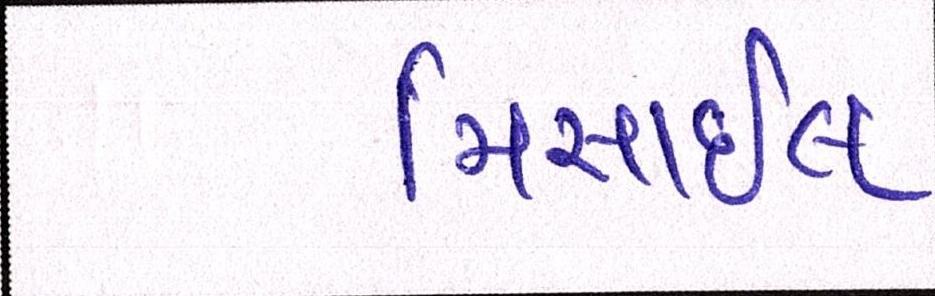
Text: મિસાઇલ